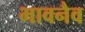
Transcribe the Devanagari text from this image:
भावनैव